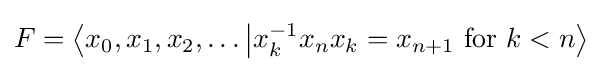
F=\left\langle x_{0},x_{1},x_{2},\ldots {\big |}x_{k}^{-1}x_{n}x_{k}=x_{n+1}{\text{ for }}k<n\right\rangle